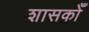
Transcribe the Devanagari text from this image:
शासकोँ